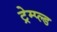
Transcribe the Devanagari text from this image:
ट्रेम्प्ल्ड